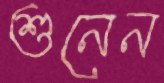
শুনেন